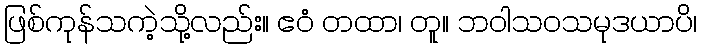
ဖြစ်ကုန်သကဲ့သို့လည်း။ ဧဝံ တထာ၊ တူ။ ဘဝါသဝသမုဒယာပိ၊